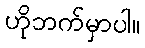
ဟိုဘက်မှာပါ။